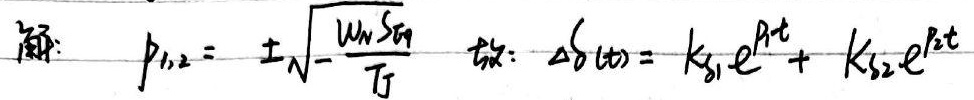
解：\(p_{1,2}=\pm\sqrt{-\frac{w_nS_{Eq}}{T_J}}\)
特：\(\Delta\delta(t)=K_{S1}e^{p_1t}+K_{S2}e^{p_2t}\)